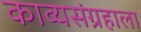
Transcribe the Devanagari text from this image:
काव्यसंग्रहाला